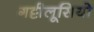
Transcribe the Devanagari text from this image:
गट्टीलूसियो